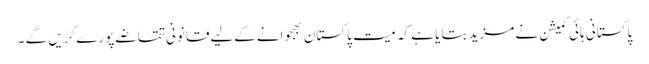
پاکستانی ہائی کمیشن نے مزید بتایا ہے کہ میت پاکستان بھجوانےکےلیےقانونی تقاضےپورےکریں گے ۔